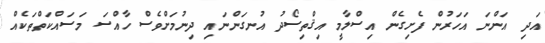
އަދި އަންނަ އަހަރުން ފެށިގެން އިސްލާމީ އިޤްތިސޯދު އުނގަންނައި ދިނުމަށްވެސް ހާއްސަ މަސައްކަތްތަކެއް